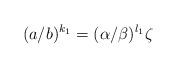
LaTeX: \begin{align*} (a/b)^{k_1}=(\alpha/\beta)^{l_1}\zeta\end{align*}